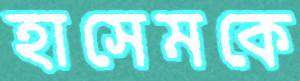
হাসেমকে